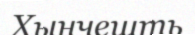
Хынчешть